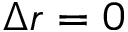
\Delta r = 0